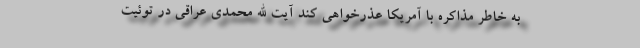
به خاطر مذاکره با آمریکا عذرخواهی کند آیت الله محمدی عراقی در توئیت